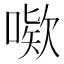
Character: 𫫙